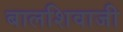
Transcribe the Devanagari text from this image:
बालशिवाजी